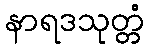
နာရဒသုတ္တံ